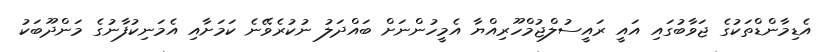
އެޑިމާންޑްތަކުގެ ޖަވާބުގައި އައީ ރައީސުލްޖުމްހޫރިއްޔާ އެމީހުންނަށް ބައްދަލު ނުކުރެވޭނެ ކަމަށާއި އެމަނިކުފާނުގެ މަންދޫބަކު